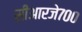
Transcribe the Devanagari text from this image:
सीआरजे७००